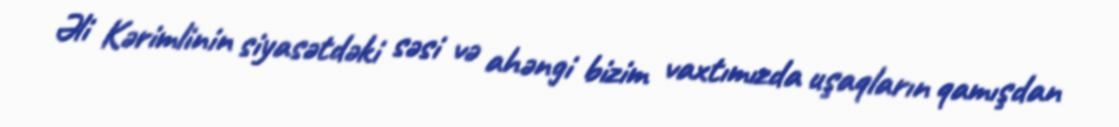
Əli Kərimlinin siyasətdəki səsi və ahəngi bizim vaxtımızda uşaqların qamışdan